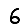
Digit: 6